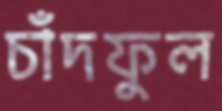
চাঁদফুল